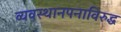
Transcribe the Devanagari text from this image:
व्यवस्थानपनाविरुद्ध